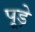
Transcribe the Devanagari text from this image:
पूड़े